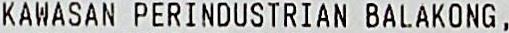
KAWASAN PERINDUSTRIAN BALAKONG ,